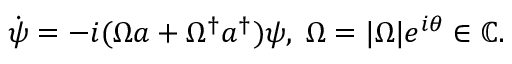
\begin{array} { r } { \dot { \boldsymbol { \psi } } = - i ( \Omega a + \Omega ^ { \dagger } a ^ { \dagger } ) \boldsymbol { \psi } , \; \Omega = | \Omega | e ^ { i \theta } \in \mathbb { C } . } \end{array}